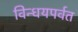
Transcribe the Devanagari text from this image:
विन्धयपर्वत